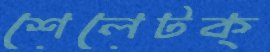
শেলেটক্